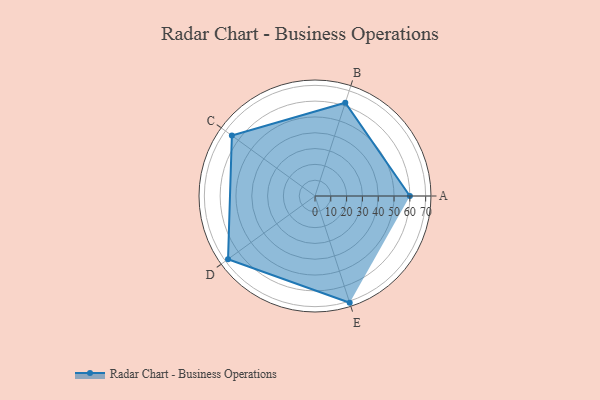
{"axis": {"x": "Skill", "y": "Score"}, "legend": ["Profile"], "data": [{"x": "A", "y": 60.0, "type": "Profile"}, {"x": "B", "y": 62.0, "type": "Profile"}, {"x": "C", "y": 65.0, "type": "Profile"}, {"x": "D", "y": 68.0, "type": "Profile"}, {"x": "E", "y": 71.0, "type": "Profile"}]}